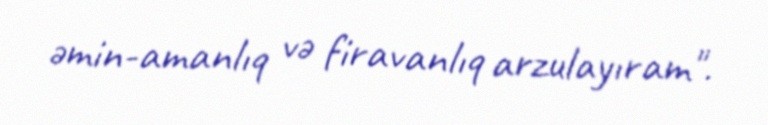
əmin-amanlıq və firavanlıq arzulayıram".